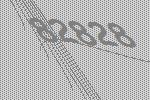
82828